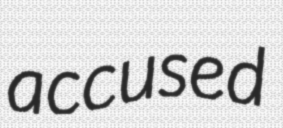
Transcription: accused